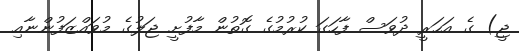
ޖީ) ގެ އަހަރީ ދުވަސް ފާހަގަ ކުރުމުގެ ގޮތުން މާފުށީ ޖަލުގެ މުވައްޒަފުންނާއި